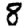
Digit: 8